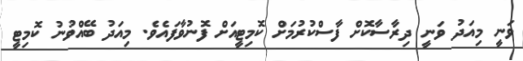
ވަނީ މިއަދު ވަނީ ދިރާސާކޮށް ފާސްކުރުމަށް ކޮމިޓީއަށް ފޮނުވާފައެވެ. މިއަދު ބޭއްވުނު ކޮމިޓީ